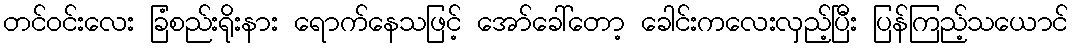
တင်ဝင်းလေး ခြံစည်းရိုးနား ရောက်နေသဖြင့် အော်ခေါ်တော့ ခေါင်းကလေးလှည့်ပြီး ပြန်ကြည့်သယောင်